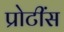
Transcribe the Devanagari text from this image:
प्रोटींस